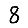
Digit: 8